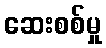
ဆေးစစ်မှု